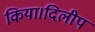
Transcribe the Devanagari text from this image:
किया।दिलीप